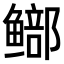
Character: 𫚨